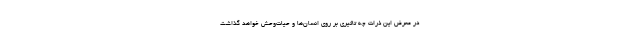
در معرض این ذرات چه تاثیری بر روی انسان‌ها و حیات‌وحش خواهد گذاشت